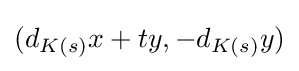
(d_{K(s)}x+ty,-d_{K(s)}y)